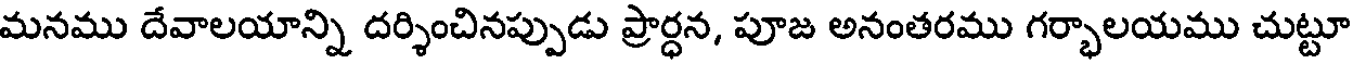
మనము దేవాలయాన్ని దర్శించినప్పుడు ప్రార్ధన, పూజ అనంతరము గర్భాలయము చుట్టూ